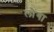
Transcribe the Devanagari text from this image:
लौंगा